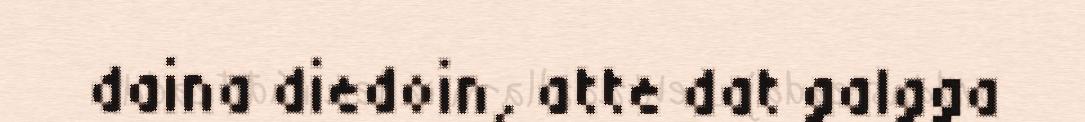
daina diedoin, atte dat galgga